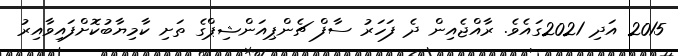
2015 އަދި 2021ގައެވެ. ރާއްޖެއިން ދެ ފަހަރު ސާފް ޗެންޕިއަންޝިޕްގެ ތަށި ކާމިޔާބުކޮށްފައިވާއިރު